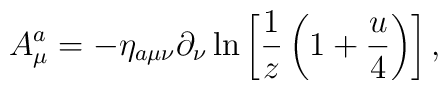
A_\mu^a=-\eta_{a\mu\nu}\partial_\nu\ln\left[{1\over z}\left(1+{u\over 4}\right)\right],